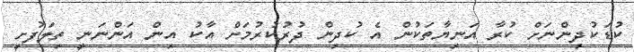
ކުޑަކުދިންނަށް ކުރާ އަނިޔާތަކުން އެ ކުދިން ދުރުކުރުމަށް އާކު އިން އަންނަނީ ތިލަފުށީ